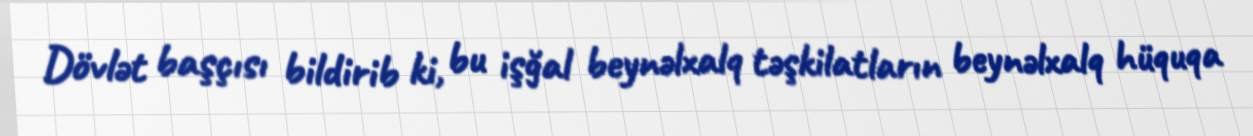
Dövlət başçısı bildirib ki, bu işğal beynəlxalq təşkilatların beynəlxalq hüquqa